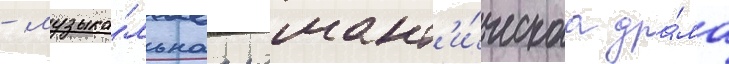
- музыка́льнаа романт'и́ческаа дра́ма